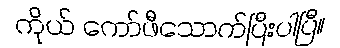
ကိုယ် ကော်ဖီသောက်ပြီးပါပြီ။